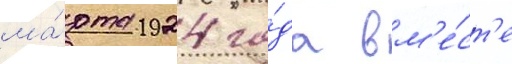
ма́рта 1924 го́да вм'е́ст'е